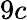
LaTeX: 9c